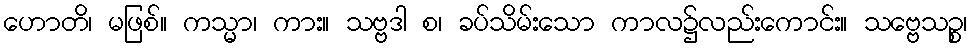
ဟောတိ၊ မဖြစ်။ ကသ္မာ၊ ကား။ သဗ္ဗဒါ စ၊ ခပ်သိမ်းသော ကာလ၌လည်းကောင်း။ သဗ္ဗေသဉ္စ၊